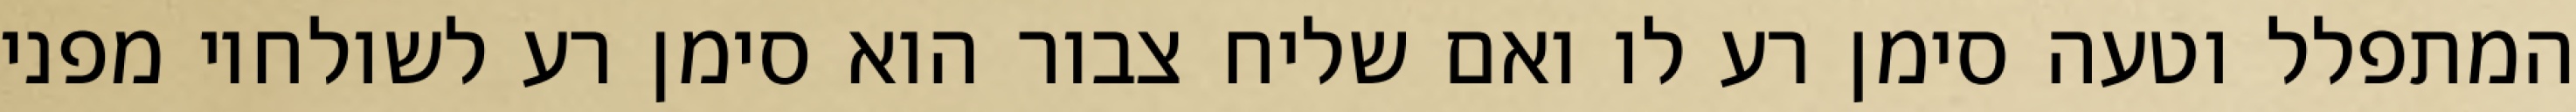
המתפלל וטעה סימן רע לו ואם שליח צבור הוא סימן רע לשולחיו מפני